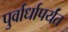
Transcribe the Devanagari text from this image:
पुर्वार्धापर्यंत